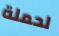
لحملة